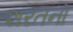
શરતનો